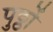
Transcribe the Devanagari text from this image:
पुठ्ठों